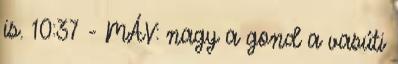
is. 10:37 - MÁV: nagy a gond a vasúti